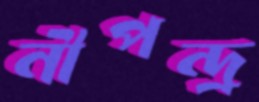
নীপন্দ্র